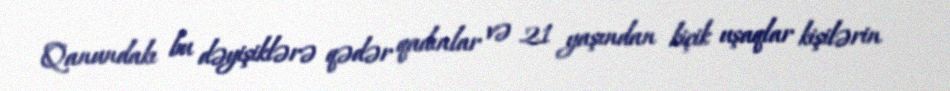
Qanundakı bu dəyişiklərə qədər qadınlar və 21 yaşından kiçik uşaqlar kişilərin